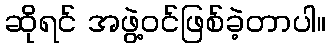
ဆိုရင် အဖွဲ့ဝင်ဖြစ်ခဲ့တာပါ။